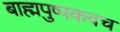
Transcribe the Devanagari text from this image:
बाह्मपुष्पकवच